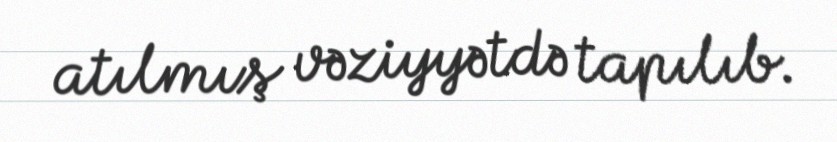
atılmış vəziyyətdə tapılıb.